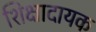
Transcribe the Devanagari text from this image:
शिक्षादायक